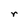
Character: r